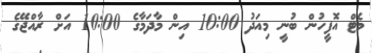
މެޓް އޮފީހުން ބުނީ މިއަދު 10:00 އިން މާދަމާގެ 10:00 އަށް ރާއްޖޭގެ